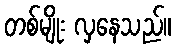
တစ်မျိုး လှနေသည်။